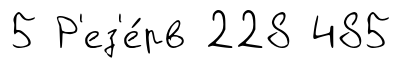
5 Р'ез'е́рв 228 485